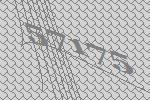
57175